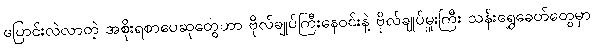
ပြောင်းလဲလာတဲ့ အစိုးရစာပေဆုတွေဟာ ဗိုလ်ချုပ်ကြီးနေဝင်းနဲ့ ဗိုလ်ချုပ်မှူးကြီး သန်းရွှေခေတ်တွေမှာ